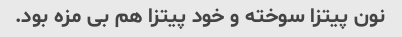
نون پیتزا سوخته و خود پیتزا هم بی مزه بود.